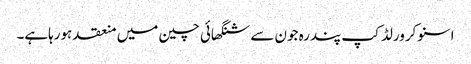
اسنوکرورلڈ کپ پندرہ جون سے شنگھائی چین میں منعقد ہورہاہے۔